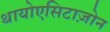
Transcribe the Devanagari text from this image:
थायोएसिटाज़ोन